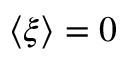
\langle \xi \rangle = 0